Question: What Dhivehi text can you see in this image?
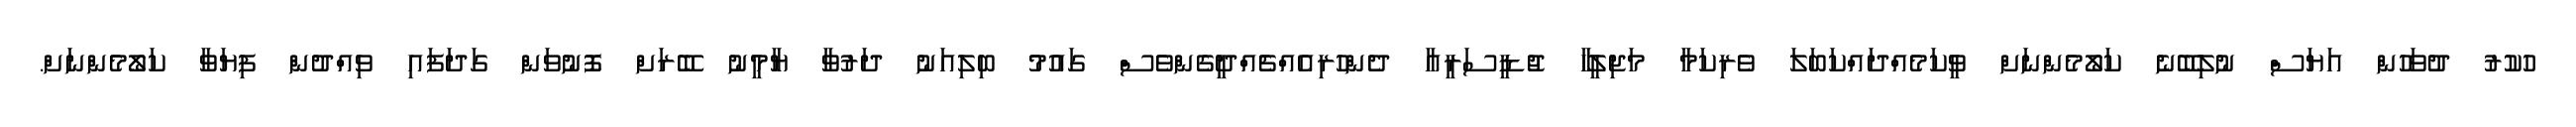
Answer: ހުކުރު ދުވަހުން އަޔަސް ނުލިބޭނެ ކަލޯމެންނަށް ވީކަމެއްދައްކަބަލަ ވެރިކަމާ މަޖިލީހާ ޖުޑީސަރީއާ ދެންހުރިއެއްޗެއްދީގެންވެސް ގައުމު ބިލިއަނު ދަރުވާ ޔާމީނު ބޭރަށް ފޮނުވަން ގަދަފައި ވިއްދުން ފިޔަވާ ކަލޯމެންނަށް.